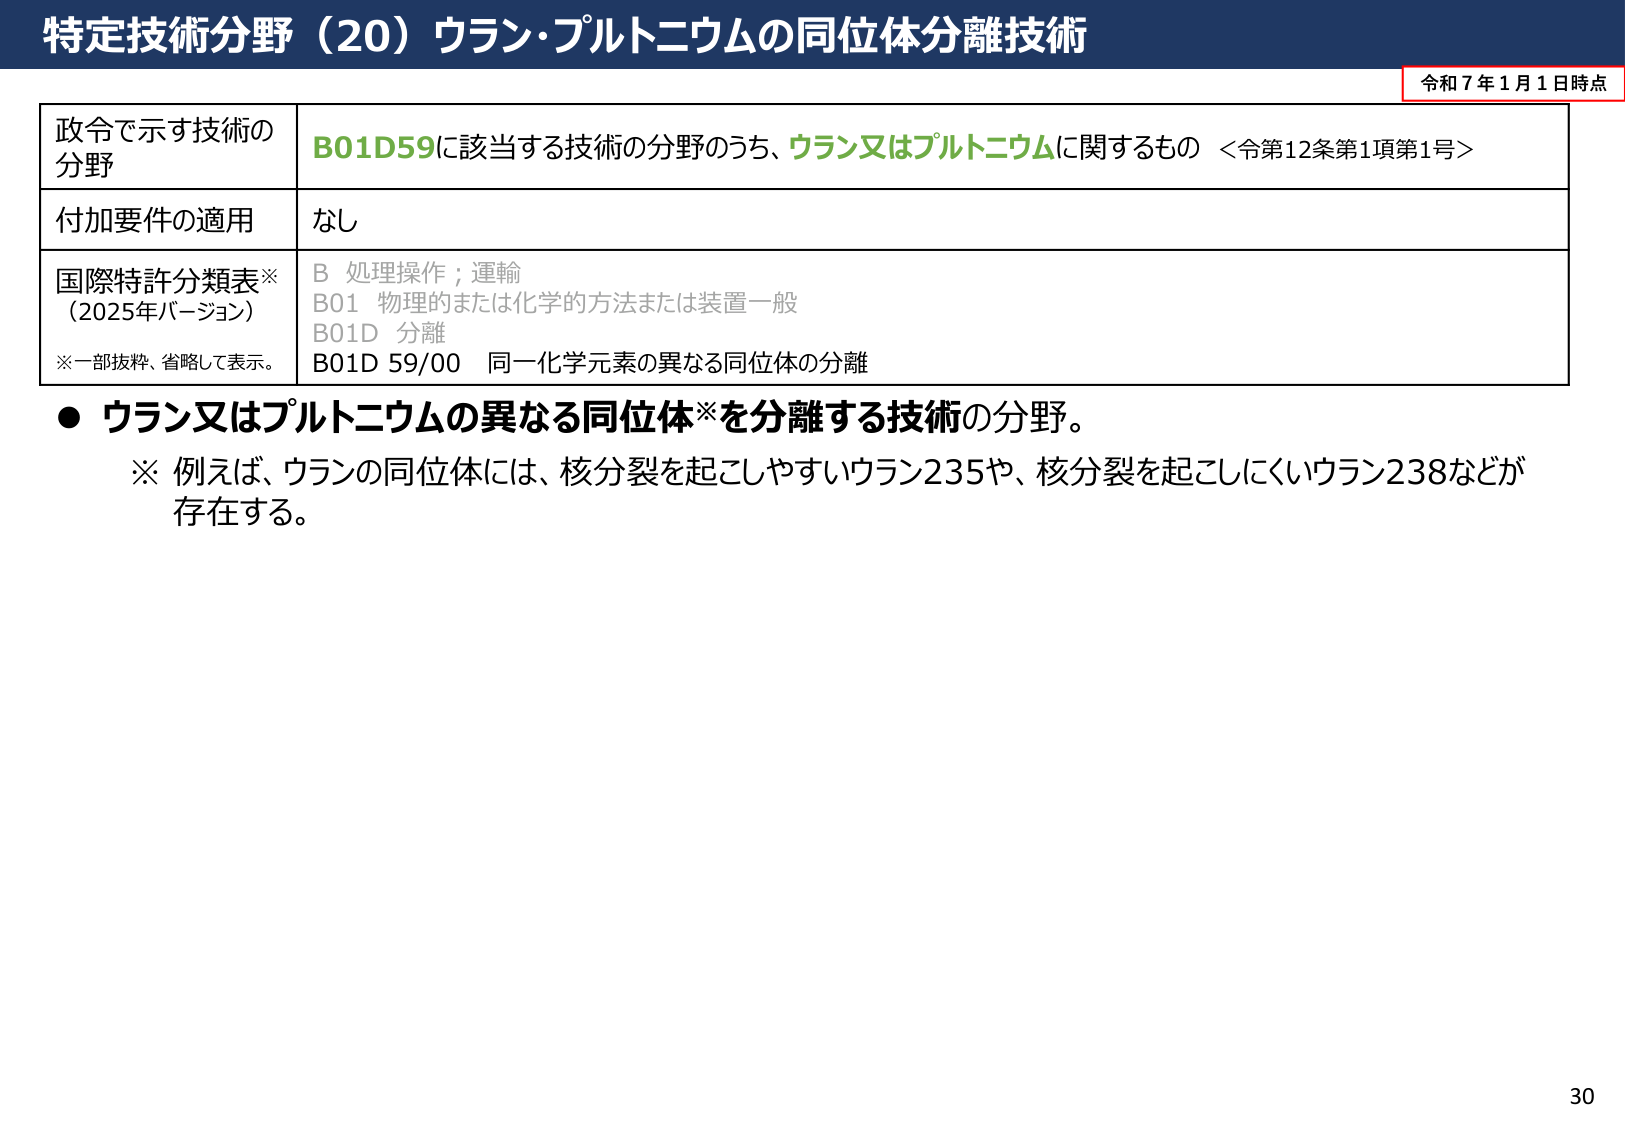
特定技術分野（20）ウラン・プルトニウムの同位体分離技術

令和７年１月１日時点

政令で示す技術の
分野
B01D59に該当する技術の分野のうち、ウラン又はプルトニウムに関するもの ＜令第12条第1項第1号＞

付加要件の適用
なし

国際特許分類表※
（2025年バージョン）
※一部抜粋、省略して表示。
B 処理操作；運輸
B01 物理的または化学的方法または装置一般
B01D 分離
B01D 59/00 同一化学元素の異なる同位体の分離

● ウラン又はプルトニウムの異なる同位体※を分離する技術の分野。
※ 例えば、ウランの同位体には、核分裂を起こしやすいウラン235や、核分裂を起こしにくいウラン238などが存在する。

30